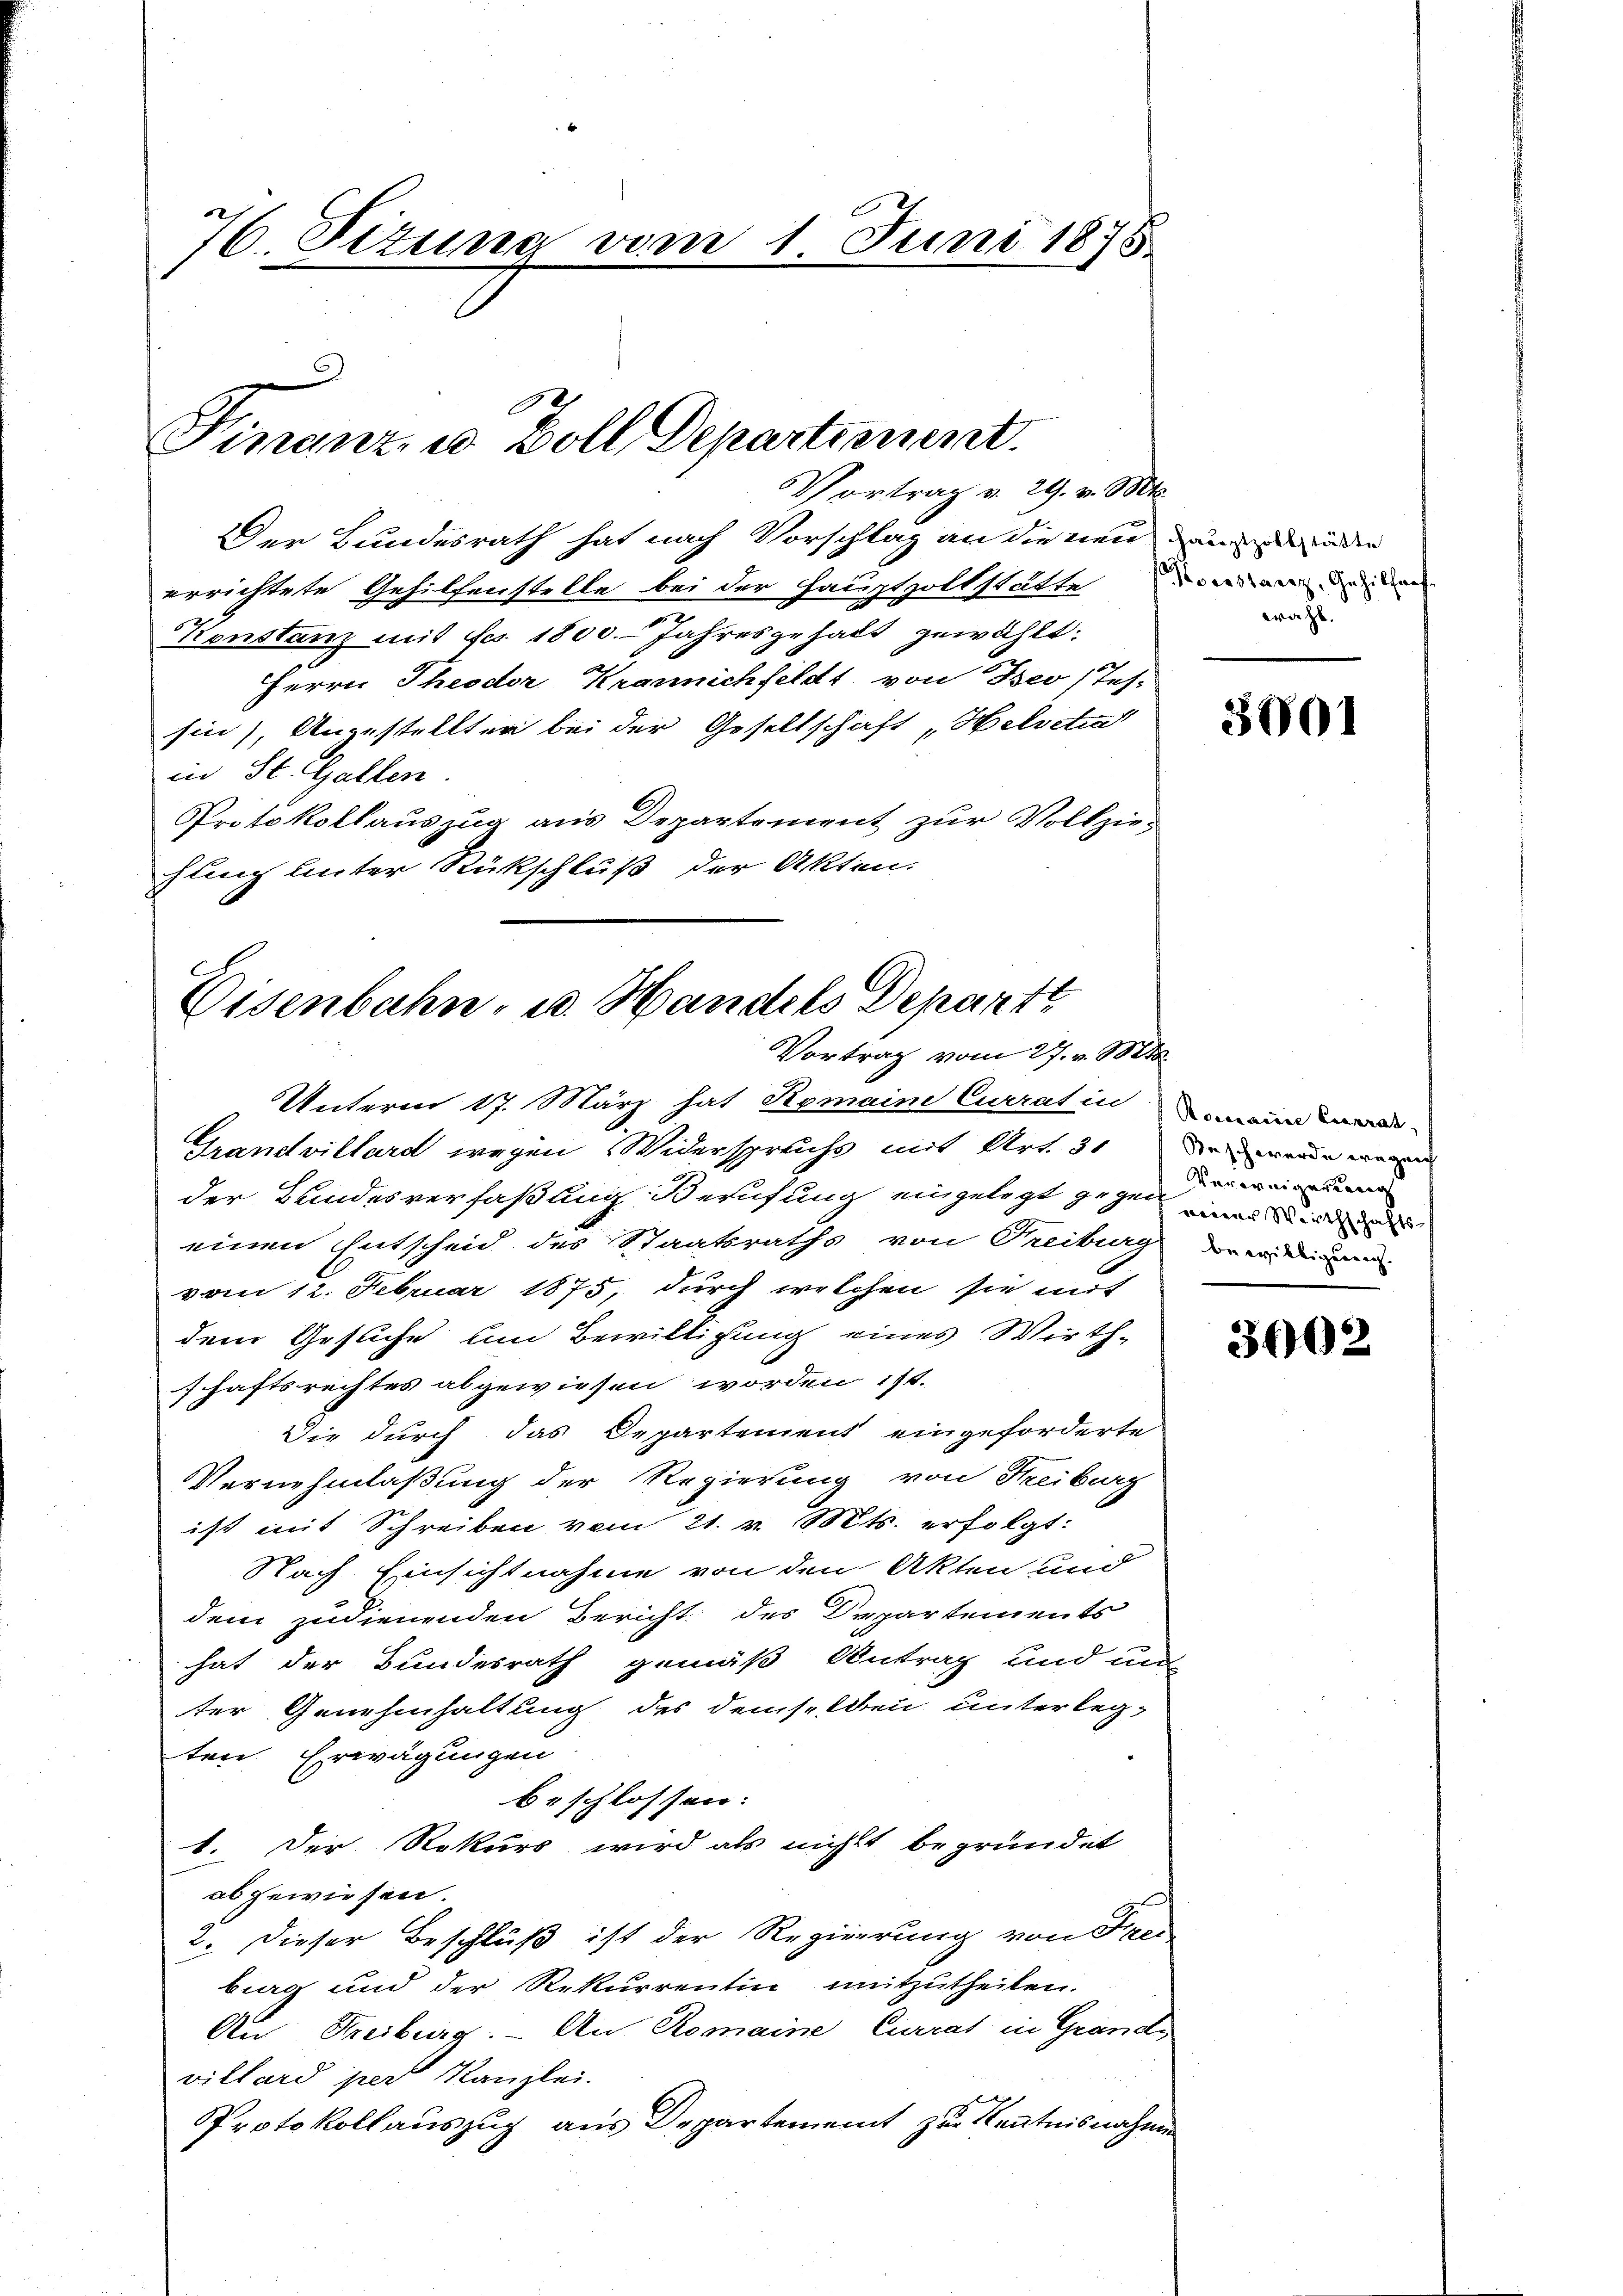
76. Sizung vom 1 Juni 1875.

Finanz u Zoll Departiniret.

Eisenbahn- u. Handels Departt
Vortrag vom 27. v. Mts.

Vortrag v. 29. v. Mt
Der Bundesrath hat nach Vorschlag an die neu den in der
errichtete Gehilfenstelle bei der Hauptpoltstätte vorare Gesichen
Konstanz mit des 1800. Jahresgehalt gewählt:
Herrn Theodor Krannichfeldt, von Deo (Tes-
sin), Angestellten bei der Gesellschaft "Helvetiat
in St. Gallen.
Protokollauszug aus Departement zur Vollziehung hinter Rückschluß der Akten.

Unterm 17. März hat Semain Currat in ein
Grand villard wegen Widerspruchs mit Art. 31
der Bundesverfaßung Berufung eingelegt gegen einer inde
einen Entscheid des Staatsraths von Treiburg
vom 12. Februar 1875, durch welchen sie mit
dem Gesuche und Bewilligung eines Wirth-
schaftsrechtes abgewiesen worden ist.
Die durch das Departement eingeforderte
Vernehmlaßung der Regierung von Freiburg
ist mit Schreiben vom 21. v. Mts. erfolgt:
Nach Einsichtnahme von den Akten und
dem zudienenden Bericht des Departements
hat der Bundesrath gemäß Antrag und un
ter Genehmhaltung des demselben unterlegten Erwägungen
beschlossen:
1. Der Rekurs wird als nicht begründet
abgewiesen.
2. Dieser Beschluß ist der Regierung von Frei
burg und der Rekurrentin mitzutheilen.
Au Freiburg. – An Romaine, Currat in Grande
villard per Kanzlei.
Protokollauszug aus Departement zur Kenntnisnahmen

wahl.

3001

Sasch werde wegen
Verweigerung
bewilligung.

3002